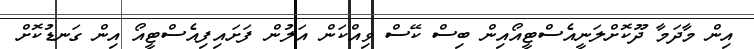
އިން މާދަމާ ދޫކޮށްލަނީއެސްޓީއޯއިން ބިސް ކޭސް ވިއްކަން އަލުން ފަށައިފިއެސްޓީއޯ އިން ގަނޑުކޮށް